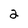
Character: 2